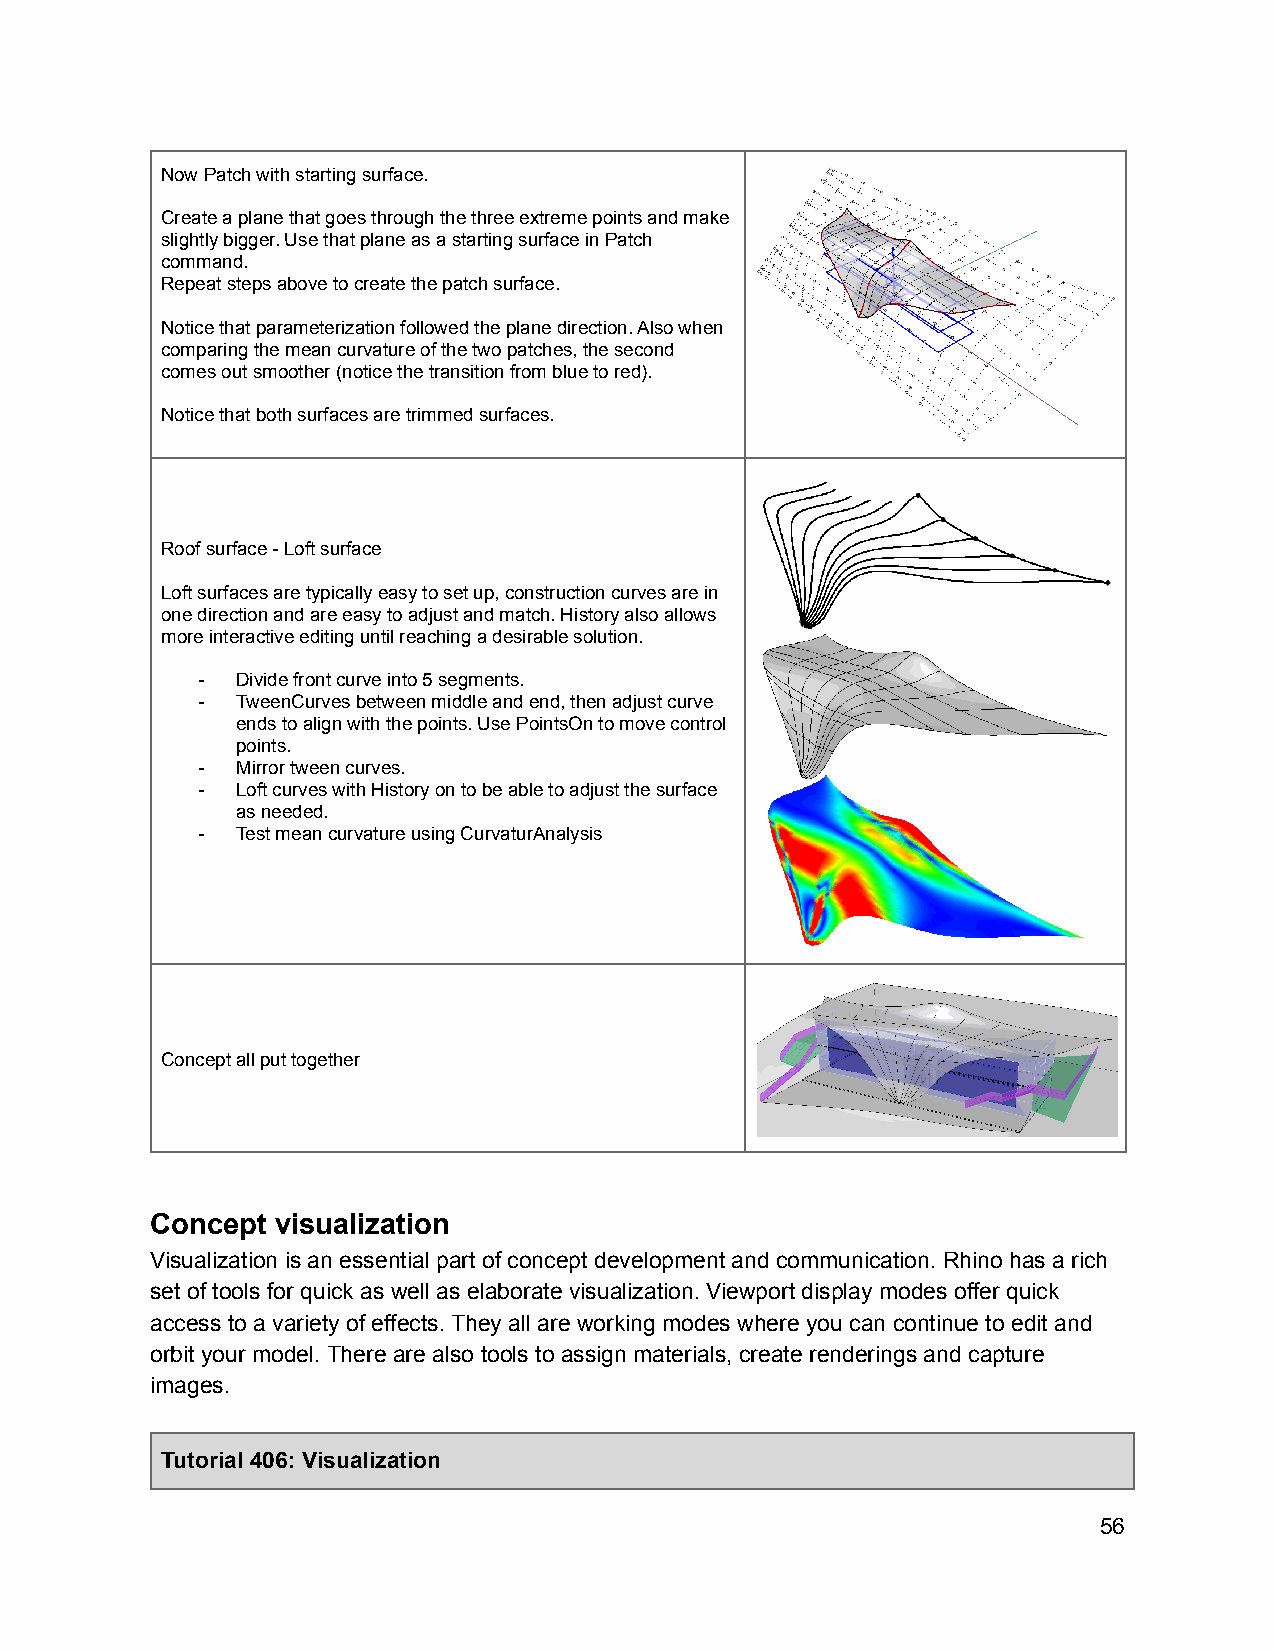
Now Patch with starting surface.
 Create a plane that goes through the three extreme points and make
 slightly bigger. Use that plane as a starting surface in Patch
 command.
 Repeat steps above to create the patch surface.
 Notice that parameterization followed the plane direction. Also when
 comparing the mean curvature of the two patches, the second
 comes out smoother (notice the transition from blue to red).
 Notice that both surfaces are trimmed surfaces.
 Roof surface - Loft surface
 Loft surfaces are typically easy to set up, construction curves are in
 one direction and are easy to adjust and match. History also allows
 more interactive editing until reaching a desirable solution.
 -  Divide front curve into 5 segments.
 -  TweenCurves between middle and end, then adjust curve
 ends to align with the points. Use PointsOn to move control
 points.
 -  Mirror tween curves.
 -  Loft curves with History on to be able to adjust the surface
 as needed.
 -  Test mean curvature using CurvaturAnalysis
 Concept all put together
 Concept visualization
 Visualization is an essential part of concept development and communication. Rhino has a rich
 set of tools for quick as well as elaborate visualization. Viewport display modes offer quick
 access to a variety of effects. They all are working modes where you can continue to edit and
 orbit your model. There are also tools to assign materials, create renderings and capture
 images.
 Tutorial 406: Visualization
 56